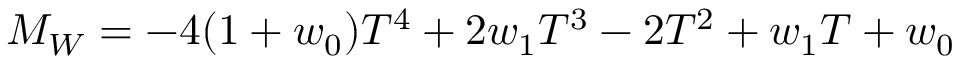
{ \cal M } _ { W } = - 4 ( 1 + w _ { 0 } ) T ^ { 4 } + 2 w _ { 1 } T ^ { 3 } - 2 T ^ { 2 } + w _ { 1 } T + w _ { 0 }